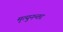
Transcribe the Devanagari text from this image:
मृत्युनन्तर